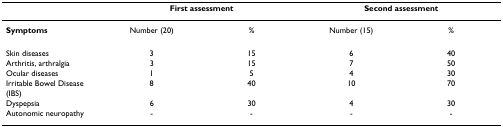
<table><thead><tr><td></td><td colspan="2"><b>First assessment</b></td><td colspan="2"><b>Second assessment</b></td></tr></thead><tbody><tr><td><b>Symptoms</b></td><td>Number (20)</td><td>%</td><td>Number (15)</td><td>%</td></tr><tr><td>Skin diseases</td><td>3</td><td>15</td><td>6</td><td>40</td></tr><tr><td>Arthritis, arthralgia</td><td>3</td><td>15</td><td>7</td><td>50</td></tr><tr><td>Ocular diseases</td><td>1</td><td>5</td><td>4</td><td>30</td></tr><tr><td>Irritable Bowel Disease (IBS)</td><td>8</td><td>40</td><td>10</td><td>70</td></tr><tr><td>Dyspepsia</td><td>6</td><td>30</td><td>4</td><td>30</td></tr><tr><td>Autonomic neuropathy</td><td>-</td><td>-</td><td>-</td><td>-</td></tr></tbody></table>